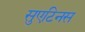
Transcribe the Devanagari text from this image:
सुएटिनस